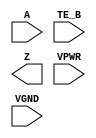
/**
 * Copyright 2020 The SkyWater PDK Authors
 *
 * Licensed under the Apache License, Version 2.0 (the "License");
 * you may not use this file except in compliance with the License.
 * You may obtain a copy of the License at
 *
 *     https://www.apache.org/licenses/LICENSE-2.0
 *
 * Unless required by applicable law or agreed to in writing, software
 * distributed under the License is distributed on an "AS IS" BASIS,
 * WITHOUT WARRANTIES OR CONDITIONS OF ANY KIND, either express or implied.
 * See the License for the specific language governing permissions and
 * limitations under the License.
 *
 * SPDX-License-Identifier: Apache-2.0
 */

`ifndef SKY130_FD_SC_HS__EINVN_PP_BLACKBOX_V
`define SKY130_FD_SC_HS__EINVN_PP_BLACKBOX_V

/**
 * einvn: Tri-state inverter, negative enable.
 *
 * Verilog stub definition (black box with power pins).
 *
 * WARNING: This file is autogenerated, do not modify directly!
 */

`timescale 1ns / 1ps
`default_nettype none

(* blackbox *)
module sky130_fd_sc_hs__einvn (
    A   ,
    TE_B,
    Z   ,
    VPWR,
    VGND
);

    input  A   ;
    input  TE_B;
    output Z   ;
    input  VPWR;
    input  VGND;
endmodule

`default_nettype wire
`endif  // SKY130_FD_SC_HS__EINVN_PP_BLACKBOX_V